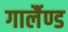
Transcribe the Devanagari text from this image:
गार्लैण्ड